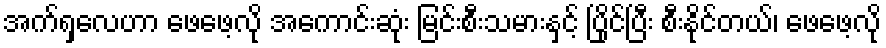
အက်ရှလေဟာ ဖေဖေ့လို အကောင်းဆုံး မြင်းစီးသမားနှင့် ပြိုင်ပြီး စီးနိုင်တယ်၊ ဖေဖေ့လို